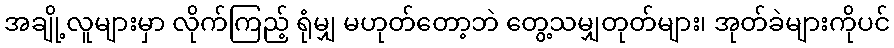
အချို့လူများမှာ လိုက်ကြည့် ရုံမျှ မဟုတ်တော့ဘဲ တွေ့သမျှတုတ်များ၊ အုတ်ခဲများကိုပင်